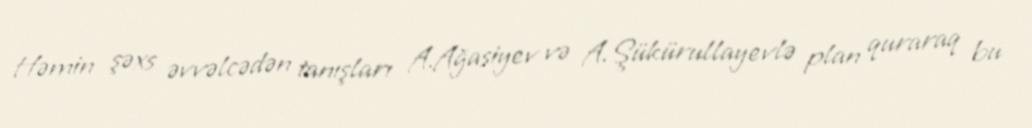
Həmin şəxs əvvəlcədən tanışları A.Ağasiyev və A.Şükürullayevlə plan quraraq bu